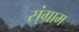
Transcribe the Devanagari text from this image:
स्ंग्राम